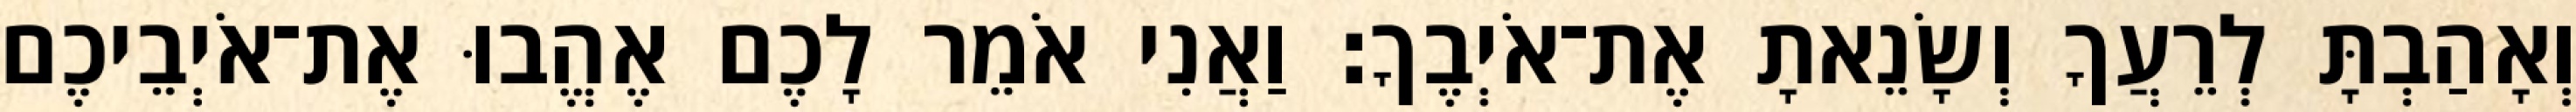
וְאָהַבְתָּ לְרֵעֲךָ וְשָׂנֵאתָ אֶת־אֹיְבֶךָ׃ וַאֲנִי אֹמֵר לָכֶם אֶהֱבוּ אֶת־אֹיְבֵיכֶם